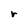
Character: r